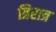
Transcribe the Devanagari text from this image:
त्रिरात्र